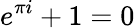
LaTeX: e^{\pi i}+1=0